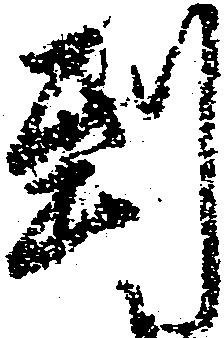
到